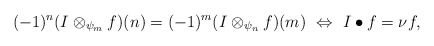
\begin{align*} (-1)^n(I\otimes_{\psi_m} f)(n)=(-1)^m(I\otimes_{\psi_n} f)(m) ~\Leftrightarrow~ I\bullet f=\nu f, \end{align*}